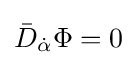
{\bar {D}}_{\dot {\alpha }}\Phi =0